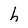
Character: h